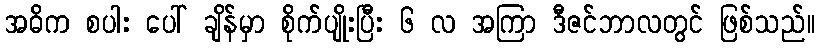
အဓိက စပါး ပေါ် ချိန်မှာ စိုက်ပျိုးပြီး ၆ လ အကြာ ဒီဇင်ဘာလတွင် ဖြစ်သည်။